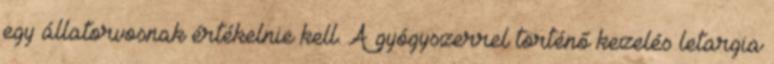
egy állatorvosnak értékelnie kell. A gyógyszerrel történő kezelés letargia